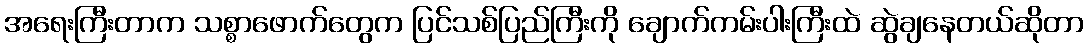
အရေးကြီးတာက သစ္စာဖောက်တွေက ပြင်သစ်ပြည်ကြီးကို ချောက်ကမ်းပါးကြီးထဲ ဆွဲချနေတယ်ဆိုတာ